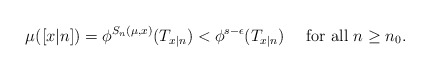
\begin{align*}\mu([x|n])=\phi^{S_n(\mu,x)}(T_{x|n})<\phi^{s-\epsilon}(T_{x|n})\quad\mbox{ for all }n\geq n_0.\end{align*}